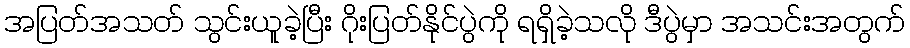
အပြတ်အသတ် သွင်းယူခဲ့ပြီး ဂိုးပြတ်နိုင်ပွဲကို ရရှိခဲ့သလို ဒီပွဲမှာ အသင်းအတွက်